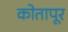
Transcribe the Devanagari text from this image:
कोतापूर